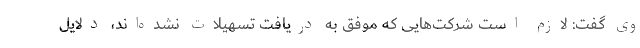
وی گفت: لازم است شرکت‌هایی که موفق به دریافت تسهیلات نشده‌اند، دلایل